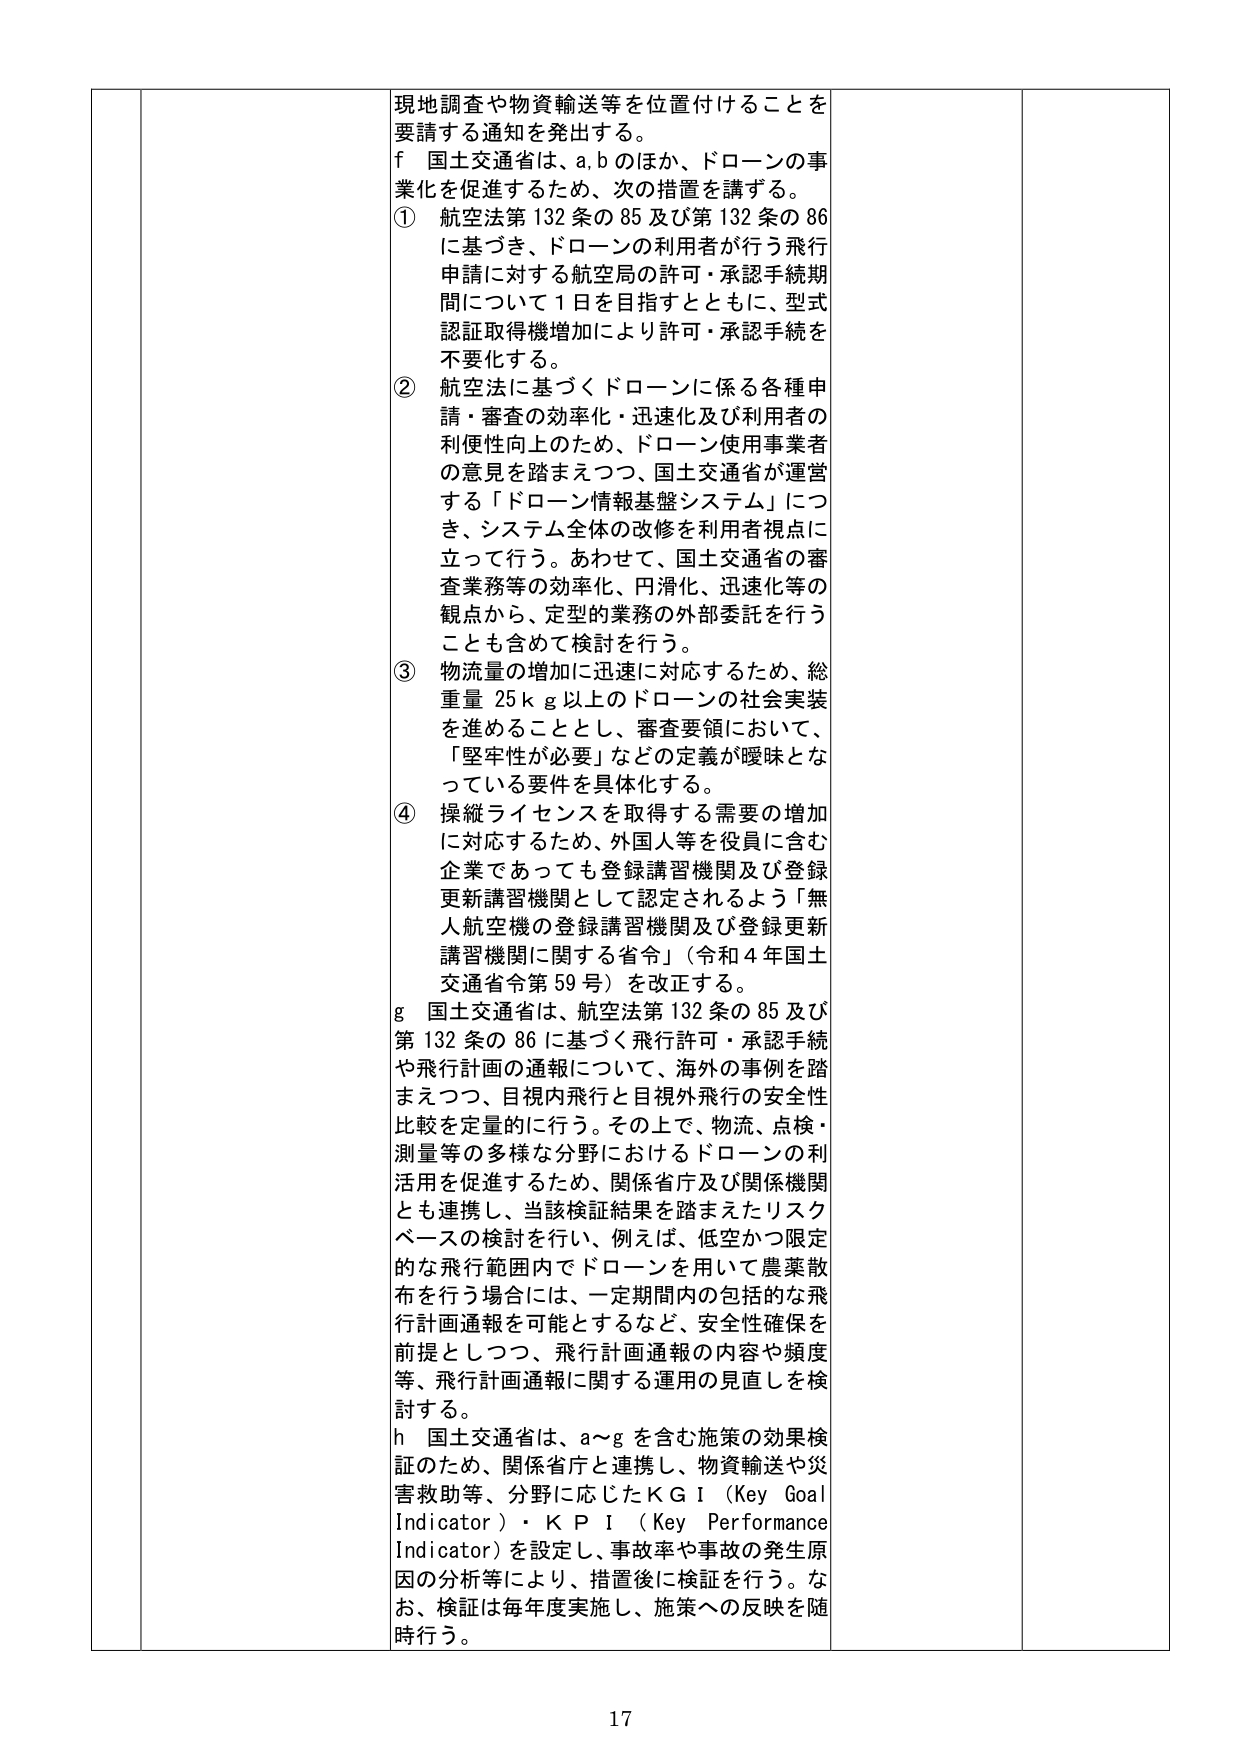
現地調査や物資輸送等を位置付けることを
要請する通知を発出する。
f 国土交通省は、a,b のほか、ドローンの事
業化を促進するため、次の措置を講ずる。
① 航空法第 132 条の 85 及び第 132 条の 86
に基づき、ドローンの利用者が行う飛行
申請に対する航空局の許可・承認手続期
間について 1 日を目指すとともに、型式
認証取得機増加により許可・承認手続を
不要化する。
② 航空法に基づくドローンに係る各種申
請・審査の効率化・迅速化及び利用者の
利便性向上のため、ドローン使用事業者
の意見を踏まえつつ、国土交通省が運営
する「ドローン情報基盤システム」につ
き、システム全体の改修を利用者視点に
立って行う。あわせて、国土交通省の審
査業務等の効率化、円滑化、迅速化等の
観点から、定型的業務の外部委託を行う
ことも含めて検討を行う。
③ 物流量の増加に迅速に対応するため、総
重量 25ｋｇ以上のドローンの社会実装
を進めることとし、審査要領において、
「堅牢性が必要」などの定義が曖昧とな
っている要件を具体化する。
④ 操縦ライセンスを取得する需要の増加
に対応するため、外国人等を役員に含む
企業であっても登録講習機関及び登録
更新講習機関として認定されるよう「無
人航空機の登録講習機関及び登録更新
講習機関に関する省令」（令和 4 年国土
交通省令第 59 号）を改正する。
g 国土交通省は、航空法第 132 条の 85 及び
第 132 条の 86 に基づく飛行許可・承認手続
や飛行計画の通報について、海外の事例を踏
まえつつ、目視内飛行と目視外飛行の安全性
比較を定量的に行う。その上で、物流、点検・
測量等の多様な分野におけるドローンの利
活用を促進するため、関係省庁及び関係機関
とも連携し、当該検証結果を踏まえたリスク
ベースの検討を行い、例えば、低空かつ限定
的な飛行範囲内でドローンを用いて農薬散
布を行う場合には、一定期間内の包括的な飛
行計画通報を可能とするなど、安全性確保を
前提としつつ、飛行計画通報の内容や頻度
等、飛行計画通報に関する運用の見直しを検
討する。
h 国土交通省は、a～g を含む施策の効果検
証のため、関係省庁と連携し、物資輸送や災
害救助等、分野に応じたＫＧＩ（Key Goal
Indicator）・ＫＰＩ（Key Performance
Indicator）を設定し、事故率や事故の発生原
因の分析等により、措置後に検証を行う。な
お、検証は毎年度実施し、施策への反映を随
時行う。
17